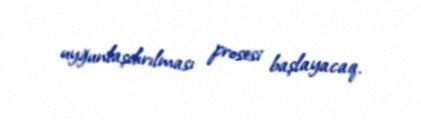
uyğunlaşdırılması prosesi başlayacaq.